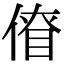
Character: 傄